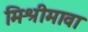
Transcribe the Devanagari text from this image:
मिश्रीमावा